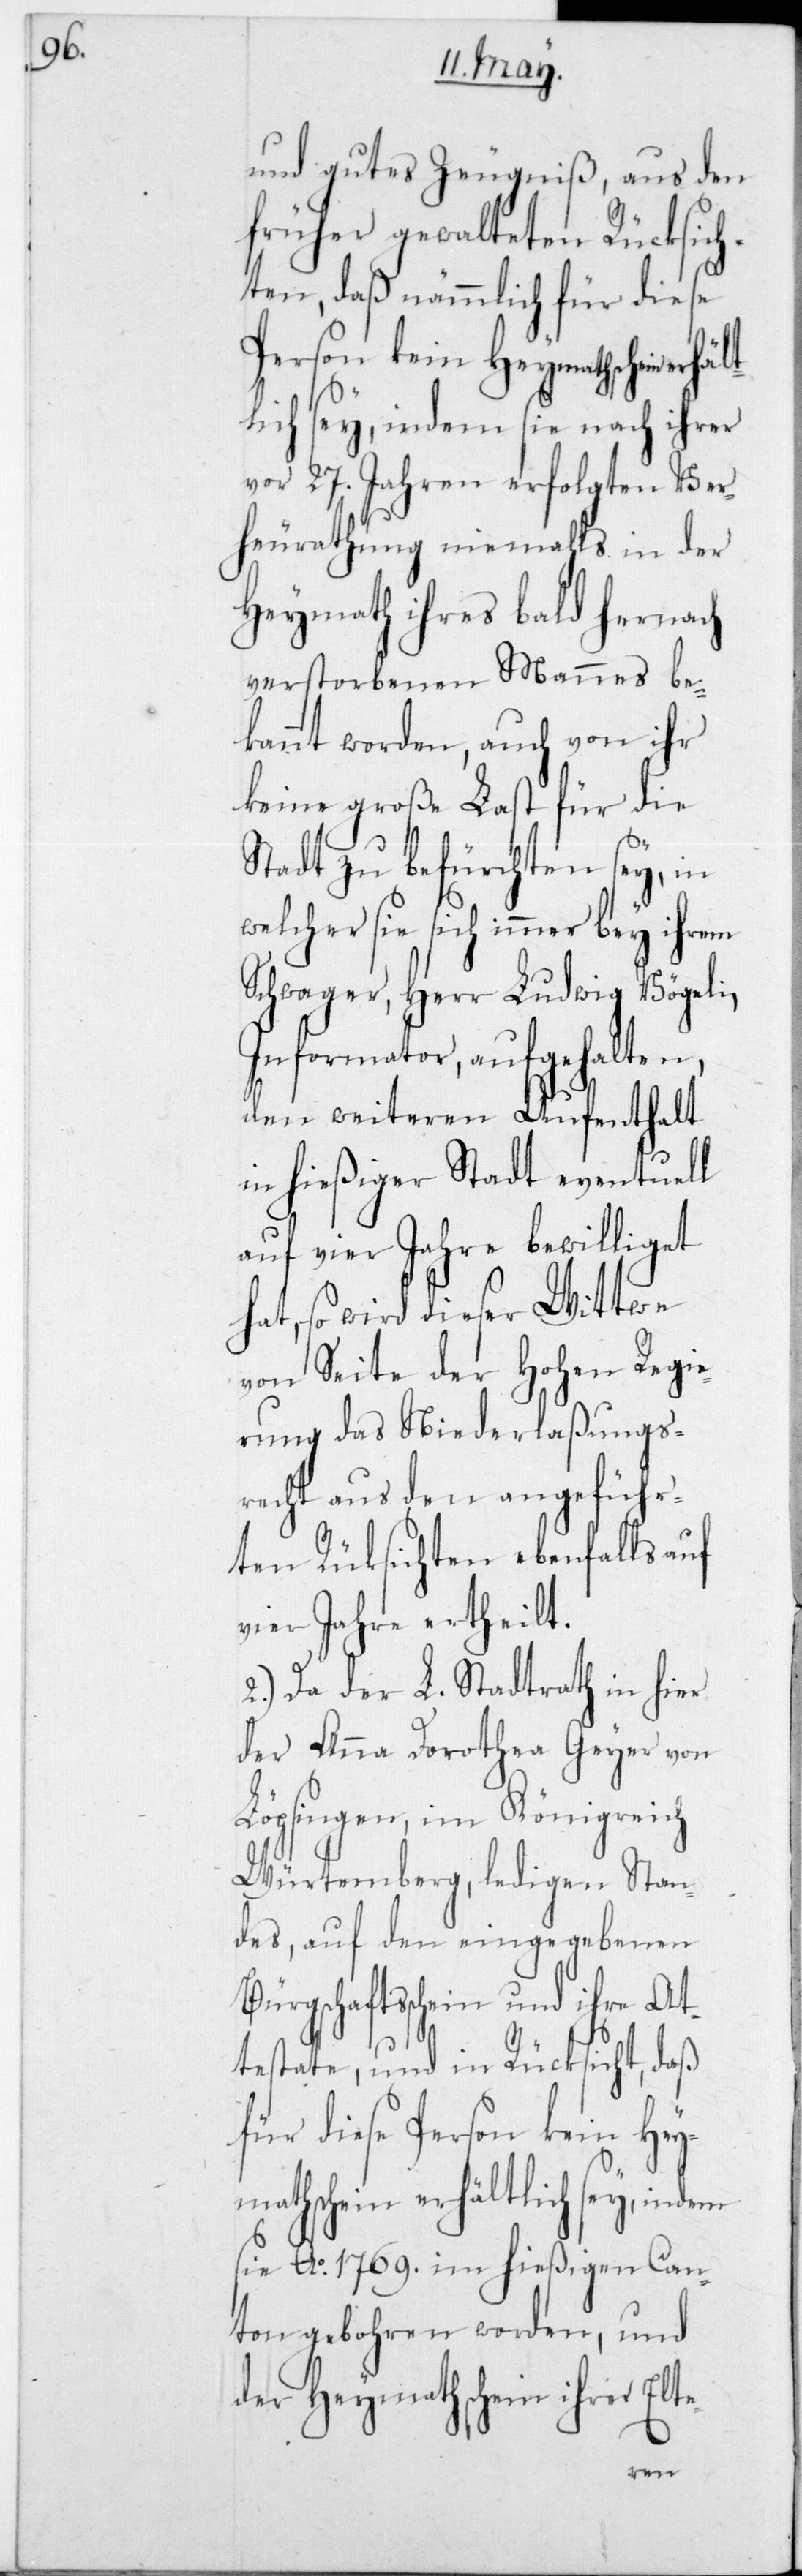
B¬

und gutes Zeugniß, aus den
früher gewalteten Rücksich¬
ten, daß nämmlich für diese
Person kein Heymathschein er¬
lich sey, indem sie nach ihrer
vor 27 Jahren erfolgten Ver¬
heurathung niemahls in der
Heymath ihres bald hernach
verstorbenen Mannes be¬
kannt worden, auch von ihr
keine große Last für die
Stadt zu befürchten sey, in
welcher sie sich immer bey ihrem
Schwager, Herr Ludwig Vögeli,
Informator, aufgehalten,
den weiteren Aufenthalt
in hießiger Stadt eventuell
auf vier Jahre bewilliget
hat, so wird dieser Wittwe
von Seite der Hohen Regie¬
rung das Niederlaßungs¬
recht aus den angeführ¬
ten Rücksichten ebenfalls auf
vier Jahre ertheilt.
2.) Da der L. Stadtrath in hier
der Anna Dorothea Geyer von
Löpsingen, im Königreich
Würtemberg, ledigen Stan¬
des, auf den eingegebenen
ürgschaftsschein und ihre At¬
testate und in Rücksicht, daß
für diese Person kein Heym¬
athschein erhältlich sey,
sie Ao 1769 im hießigen Can¬
ton gebohren worden, und
der Heymathschein ihrer